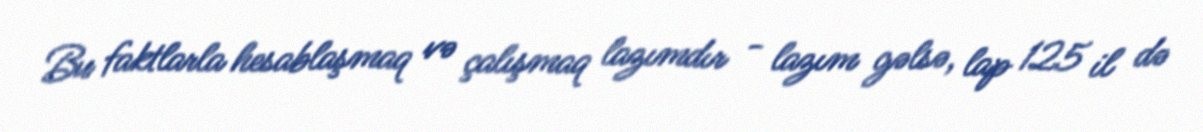
Bu faktlarla hesablaşmaq və çalışmaq lazımdır - lazım gəlsə, lap 125 il də